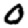
Digit: 0